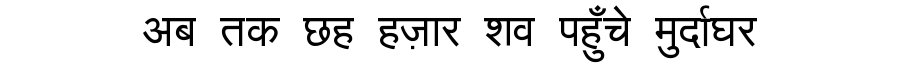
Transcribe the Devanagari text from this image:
अब तक छह हज़ार शव पहुँचे मुर्दाघर